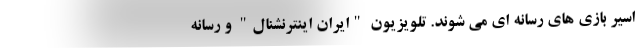
اسیر بازی های رسانه ای می شوند. تلویزیون "ایران اینترنشنال" و رسانه